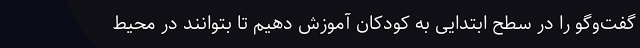
گفت‌وگو را در سطح ابتدایی به کودکان آموزش دهیم تا بتوانند در محیط